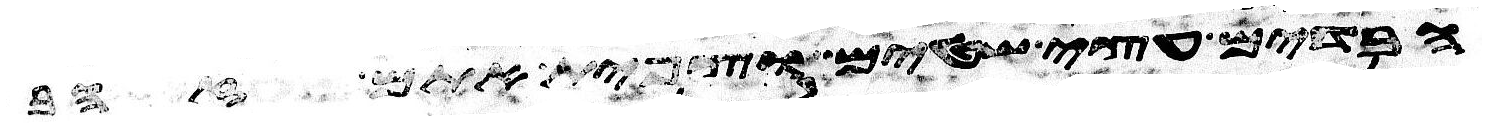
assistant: הבדים עצי שטים וצפית אתם זהב